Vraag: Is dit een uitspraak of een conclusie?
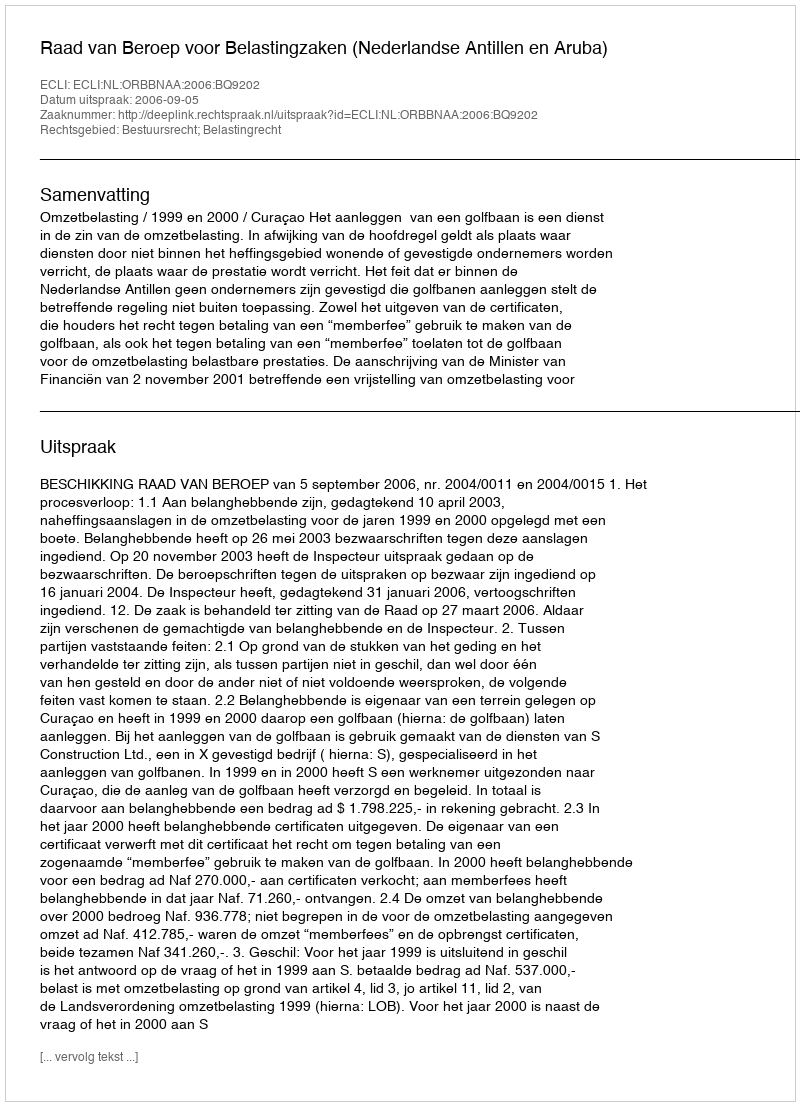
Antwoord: Uitspraak